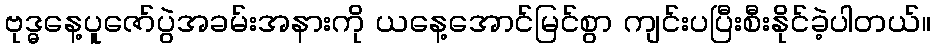
ဗုဒ္ဓနေ့ပူဇော်ပွဲအခမ်းအနားကို ယနေ့အောင်မြင်စွာ ကျင်းပပြီးစီးနိုင်ခဲ့ပါတယ်။